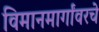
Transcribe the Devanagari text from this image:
विमानमार्गांवरचे